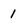
Character: 1